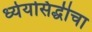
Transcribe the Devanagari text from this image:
ध्येयसिद्धीचा